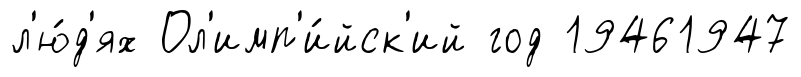
л'ю́д'ях Ол'имп'и́йск'ий год 19461947